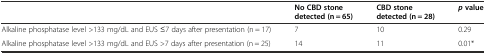
|  | No CBD stone detected (n = 65) | CBD stone detected (n = 28) | pvalue |
 | --- | --- | --- | --- |
 | Alkaline phosphatase level >133 mg/dL and EUS ≤7 days after presentation (n = 17) | 7 | 10 | 0.29 |
 | Alkaline phosphatase level >133 mg/dL and EUS >7 days after presentation (n = 25) | 14 | 11 | 0.01* |